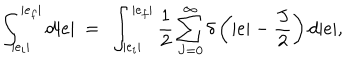
\int _ { | e _ { i } | } ^ { | e _ { f } | } d | e | ~ = ~ \int _ { | e _ { i } | } ^ { | e _ { f } | } \frac { 1 } { 2 } \sum _ { J = 0 } ^ { \infty } \delta \left( | e | - \frac { J } { 2 } \right) d | e | ,